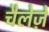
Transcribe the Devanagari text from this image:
चैलेज़े